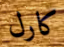
كارل